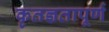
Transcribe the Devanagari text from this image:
कृतज्ञतापूर्ण